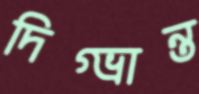
দিগ্‌ভ্রান্ত